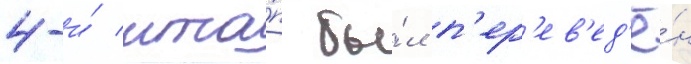
4-и́ мта́п бы́л п'ер'ев'ед'ё́н